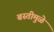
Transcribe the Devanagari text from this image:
बस्तीमुळे